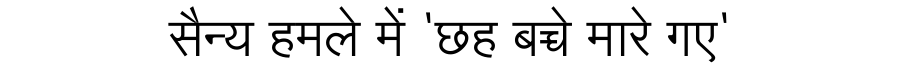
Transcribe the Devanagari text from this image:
सैन्य हमले में 'छह बच्चे मारे गए'